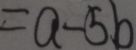
= a - 5 b